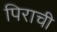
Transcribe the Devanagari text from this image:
पिराची